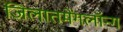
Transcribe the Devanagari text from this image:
जिलातमेंगलॉन्ग